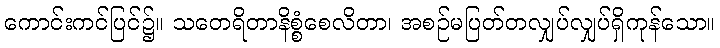
ကောင်းကင်ပြင်၌။ သတေရိတာနိစ္စံစေလိတာ၊ အစဉ်မပြတ်တလျှပ်လျှပ်ရှိကုန်သော။